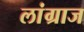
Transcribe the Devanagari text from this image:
लांग्राज